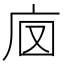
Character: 𢇵